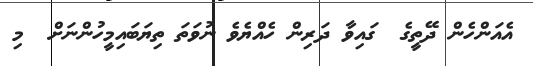
އެއަންހެން ދޭތީގެ  ގައިވާ ދަރިން ހެއްޔެވެ ނުވަތަ ތިޔަބައިމީހުންނަށް  މި